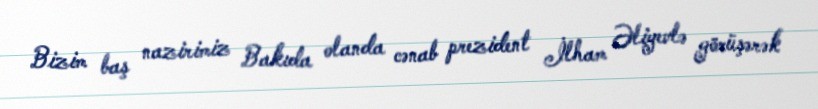
Bizim baş nazirimiz Bakıda olanda cənab prezident İlham Əliyevlə görüşərək